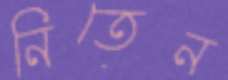
নিতেন